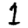
Digit: 1